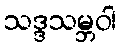
သဒ္ဒသမ္ဘဝါ